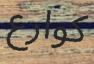
كوارع